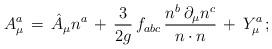
LaTeX: \begin{align*}A^a_\mu \, = \, \hat{A}_\mu n^a \, + \, \frac{3}{2g} \, f_{abc} \, \frac{n^b \, \partial_\mu n^c}{n \cdot n} \, + \, Y^a_\mu \, ; \end{align*}